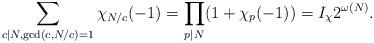
LaTeX: \begin{align*}\sum_{c\mid N, \gcd(c, N/c)=1}\chi_{N/c}(-1)=\prod_{p\mid N} (1+\chi_p(-1))=I_\chi 2^{\omega(N)}.\end{align*}